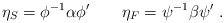
\begin{align*} \eta_S=\phi^{-1}\alpha\phi'\qquad\eta_F=\psi^{-1}\beta\psi'\ . \end{align*}